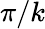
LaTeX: \pi/k